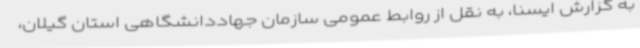
به گزارش ایسنا، به نقل از روابط عمومی سازمان جهاددانشگاهی استان گیلان،